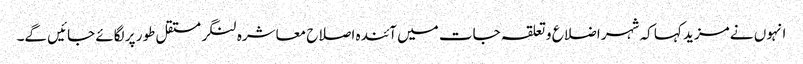
انہوں نے مزید کہا کہ شہر اضلاع و تعلقہ جات میں آئندہ اصلاح معاشرہ لنگر مستقل طور پر لگائے جائیں گے۔